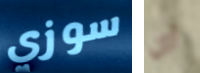
سوزي أي